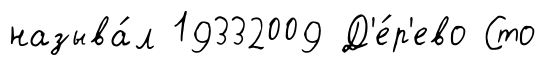
называ́л 19332009 Д'е́р'ево Сто